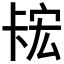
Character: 𫧲